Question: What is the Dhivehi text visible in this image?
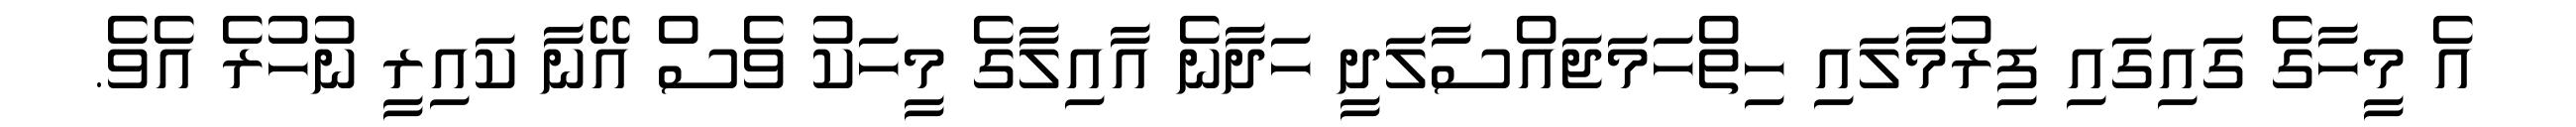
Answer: އެ މީހާގެ ގައިގައި ފިރުމާލައި ހިތްހަމަޖައްސާލަދީ ހަދާނެ އާއިލާގެ މީހަކު ވެސް އޭނާ ކައިރީ ނުހުރެ އެވެ.